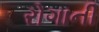
રોગાની